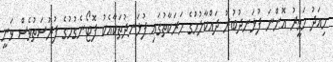
މިއަދު ހަވީރު އޮންނަ ފުޅަނދުބުރު ދައްކާލުމުގެ ހަރަކާތުގައި ފުޅަނދުތަކާއެކު ފޮޓޯނެގުމުގެ ފުރުސަތުވެސް ވަނީ